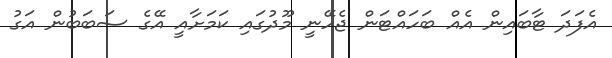
އެފަދަ ޓާބައިން އެއް ބަހައްޓަން ޖެހޭނީ މޫދުގައި ކަމަށާއީ އޭގެ ސަބަބުން އަގު